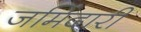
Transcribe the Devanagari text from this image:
जमिंदारी